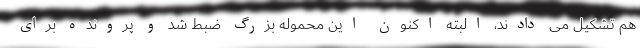
هم تشکیل می دادند، البته اکنون این محموله بزرگ ضبط شد و پرونده برای